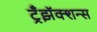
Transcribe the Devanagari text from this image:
ट्रँझॅक्शन्स